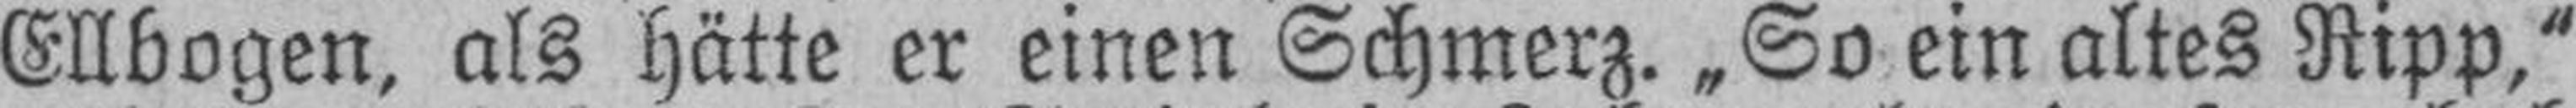
Ellbogen, als hätte er einen Schmerz. „So ein altes Ripp,“